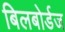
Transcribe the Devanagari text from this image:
बिलबोर्डज